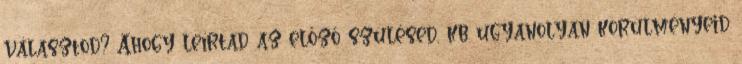
választod? Ahogy leírtad az előző szülésed, kb ugyanolyan körülményeid